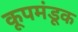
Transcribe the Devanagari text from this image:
कूपमंडूक